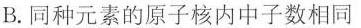
B.同种元素的原子核内中子数相同